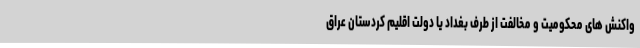
واکنش های محکومیت و مخالفت از طرف بغداد یا دولت اقلیم کردستان عراق